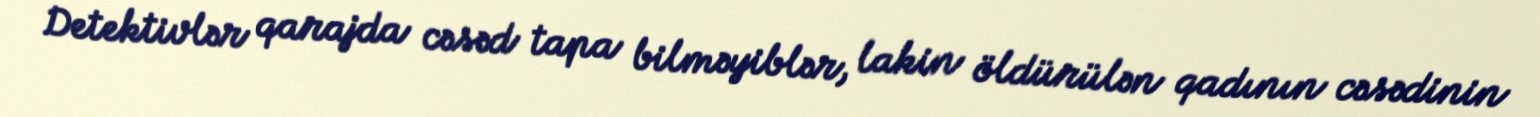
Detektivlər qarajda cəsəd tapa bilməyiblər, lakin öldürülən qadının cəsədinin